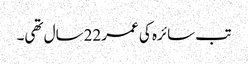
تب سائرہ کی عمر22سال تھی۔